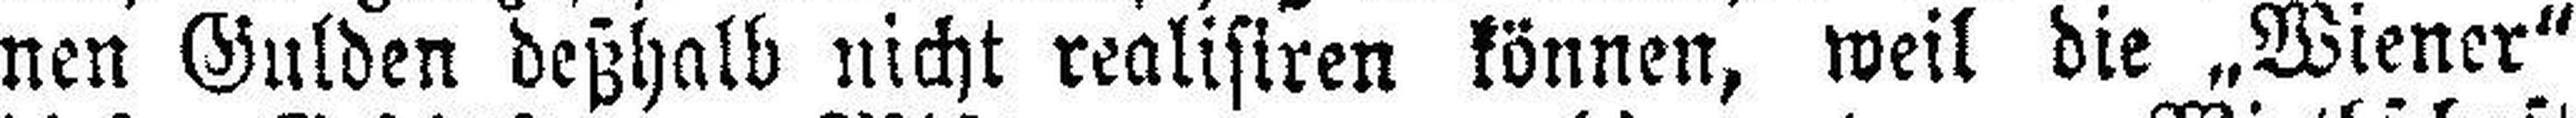
nen Gulden deßhalb nicht realistren können, weil die „Wiener“